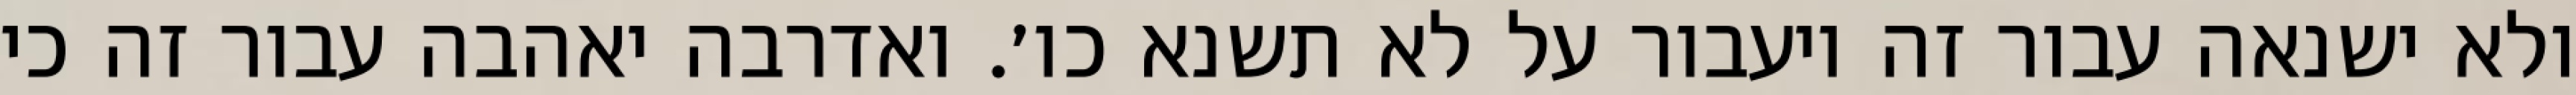
ולא ישנאה עבור זה ויעבור על לא תשנא כו׳. ואדרבה יאהבה עבור זה כי